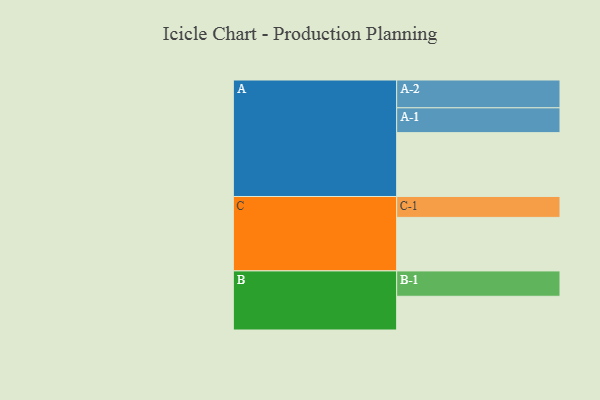
{"axis": {"x": "Segment", "y": "Value"}, "legend": ["", "A", "B", "C"], "data": [{"x": "A", "y": 574, "type": ""}, {"x": "B", "y": 303, "type": ""}, {"x": "C", "y": 481, "type": ""}, {"x": "A-1", "y": 223, "type": "A"}, {"x": "A-2", "y": 250, "type": "A"}, {"x": "B-1", "y": 228, "type": "B"}, {"x": "C-1", "y": 188, "type": "C"}]}